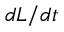
d L / d t